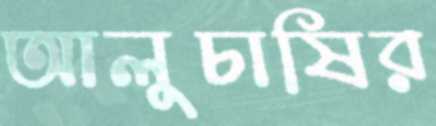
আলুচাষির